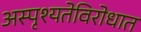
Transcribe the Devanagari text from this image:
अस्पृश्यतेविरोधात